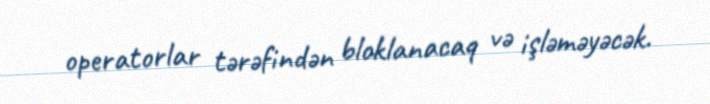
operatorlar tərəfindən bloklanacaq və işləməyəcək.